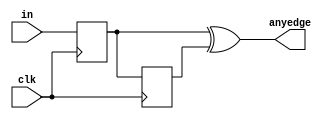
module top_module (
    input clk,
    input [7:0] in,
    output [7:0] anyedge
);

    wire [7:0] tri_1;
    wire [7:0] tri_2;

    always @(posedge clk) begin
        tri_1 <= in;
        tri_2 <= tri_1;
    end

    assign anyedge = tri_1 ^ tri_2;

endmodule